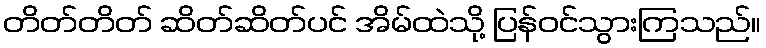
တိတ်တိတ် ဆိတ်ဆိတ်ပင် အိမ်ထဲသို့ ပြန်ဝင်သွားကြသည်။